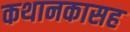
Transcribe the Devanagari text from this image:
कथानकासह